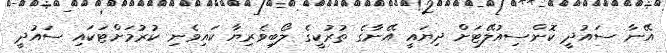
އޭނާ ސައުދީ ކޮންސިއުލޭޓަށް ދިޔައީ އޭނާގެ ތުރުކީގެ ލޯބިވެރިޔާ ކައިވެނި ކުރުމަށްޓަކައި ސައުދީ